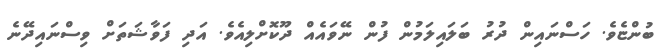
ބުންޏެވެ. ހަސްނައިން ދުރު ބަަލައިލަމުން ފުން ނޭވައެއް ދޫކޮށްލިއެވެ. އަދި ފަވާޝަތަށް ވިސްނައިދޭނެ